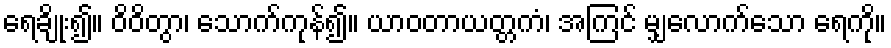
ရေချိုး၍။ ဝိဝိတွာ၊ သောက်ကုန်၍။ ယာဝတာယတ္တကံ၊ အကြင် မျှလောက်သော ရေကို။